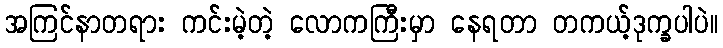
အကြင်နာတရား ကင်းမဲ့တဲ့ လောကကြီးမှာ နေရတာ တကယ့်ဒုက္ခပါပဲ။